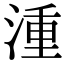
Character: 湩